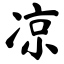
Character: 凉